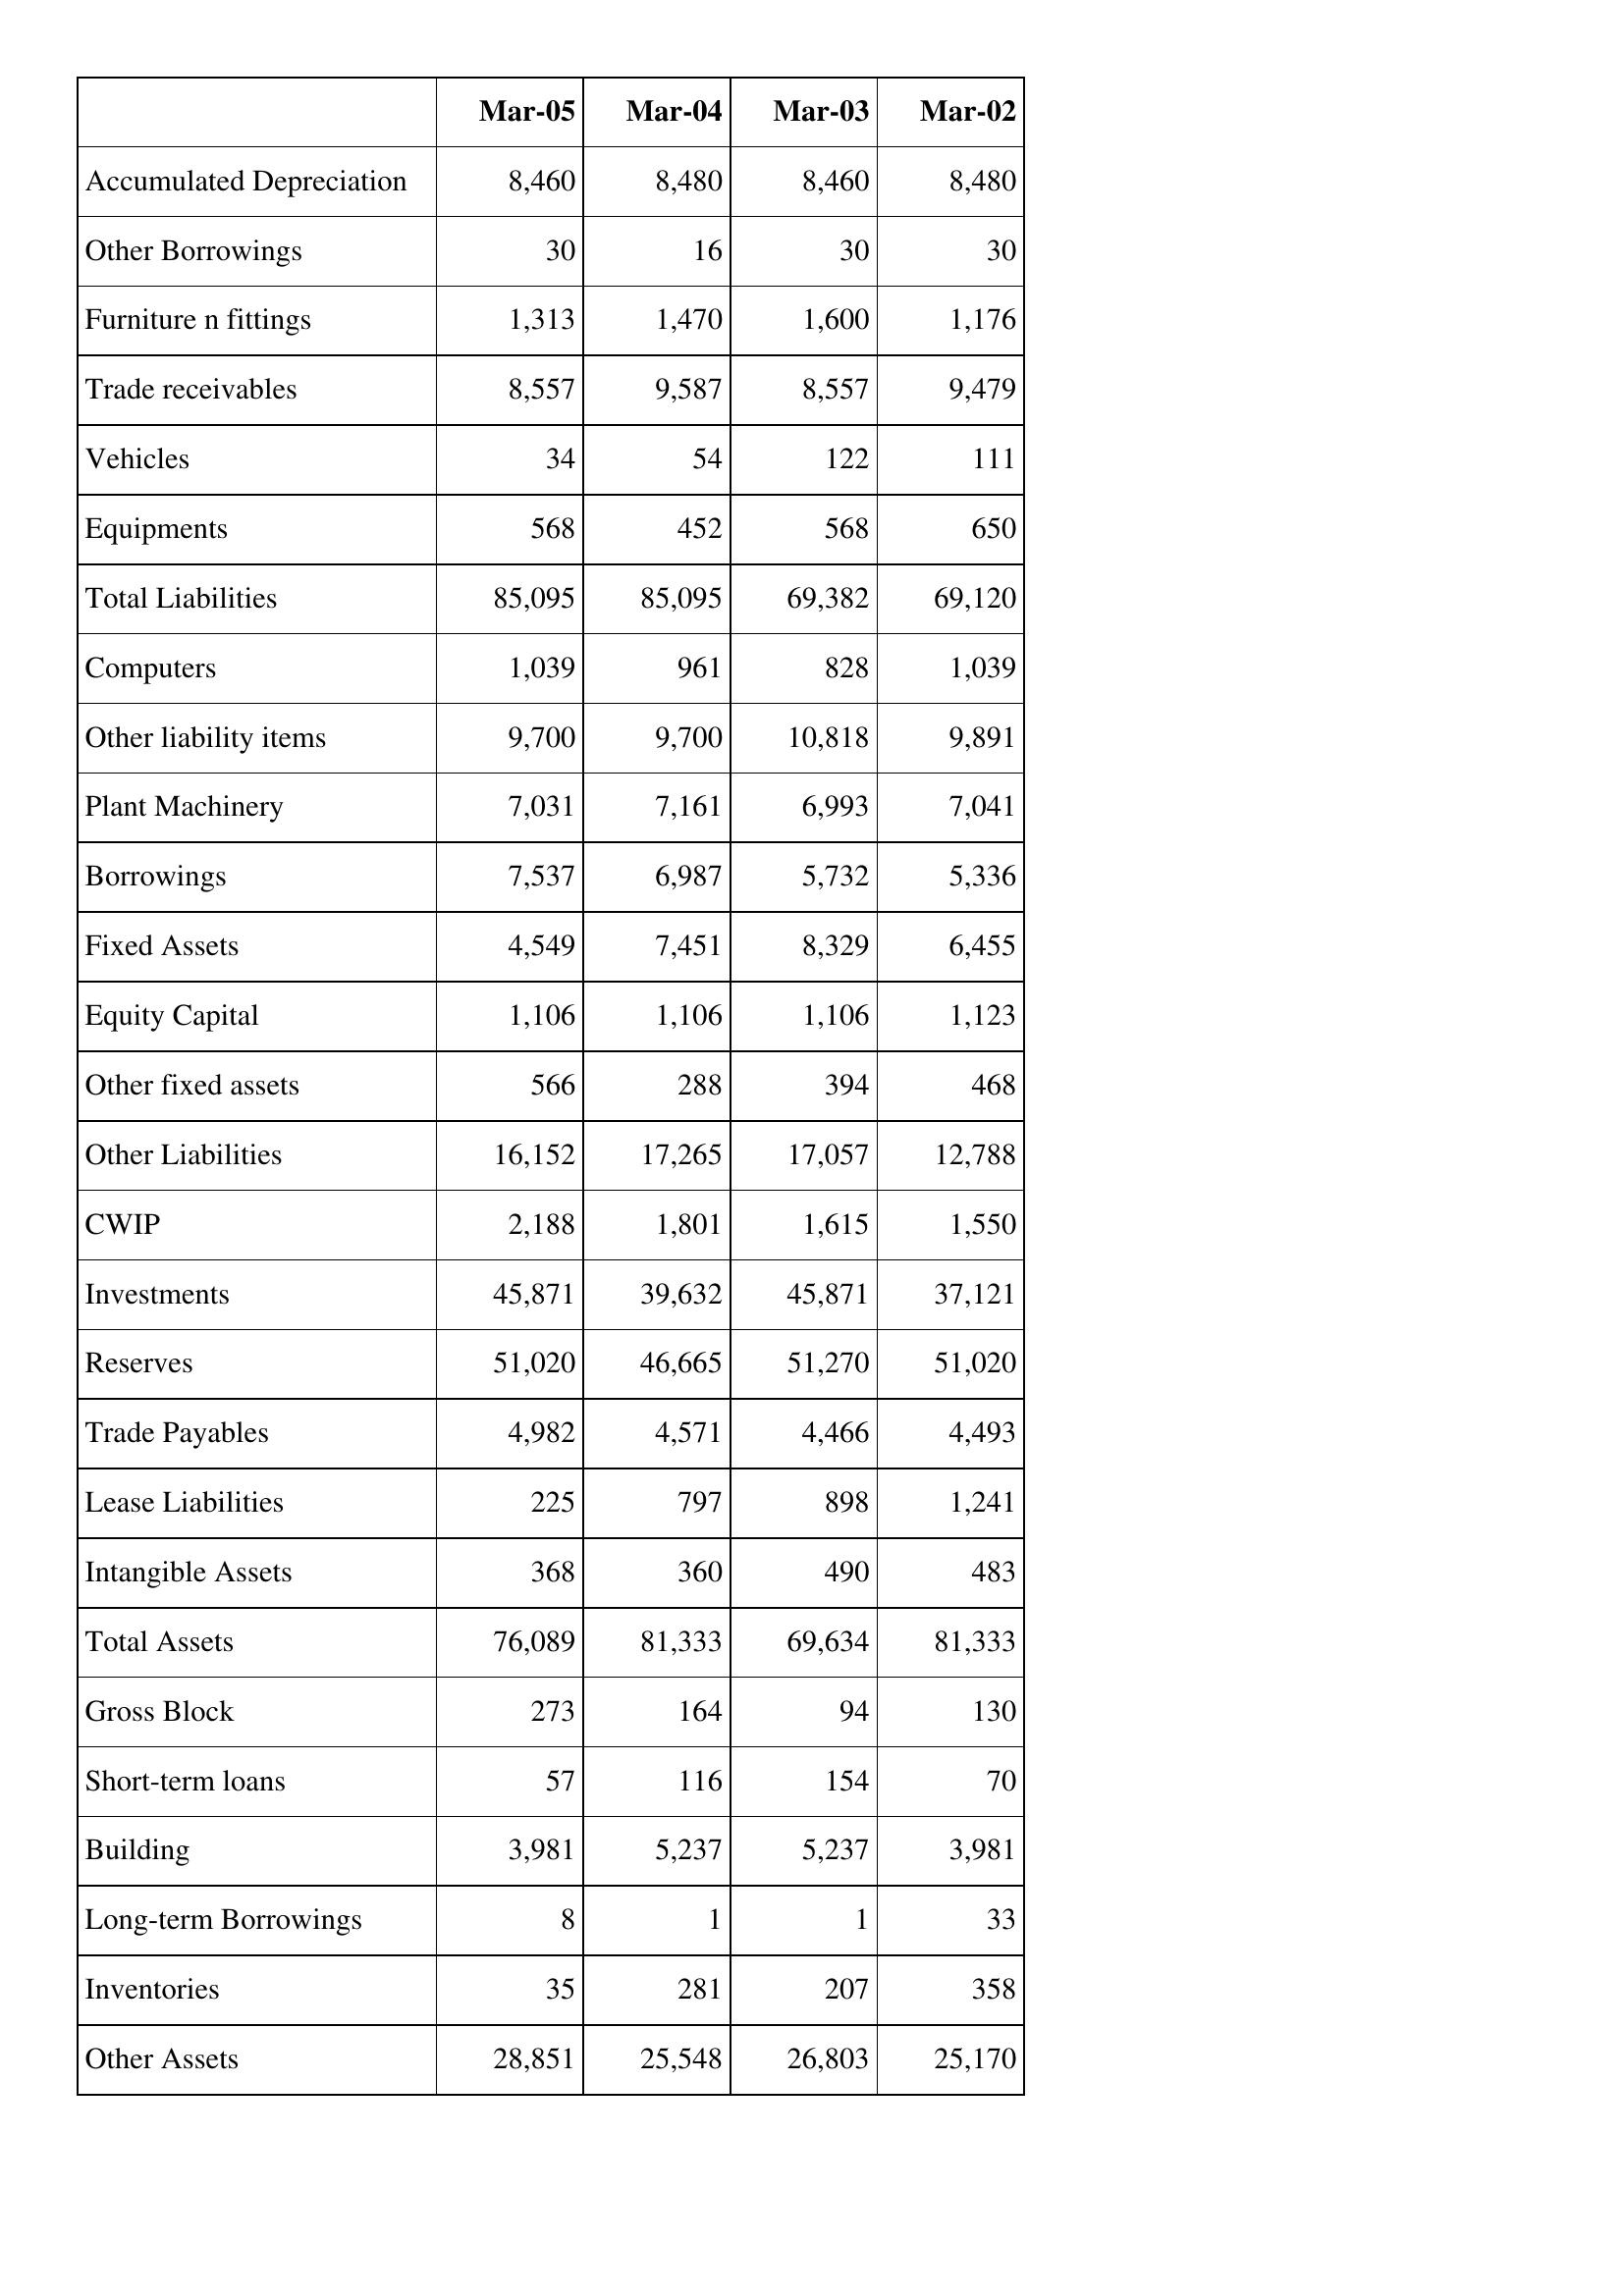
Mar-05: Balance Sheet: Accumulated Depreciation: 8,460
Other Borrowings: 30
Furniture n fittings: 1,313
Trade receivables: 8,557
Vehicles: 34
Equipments: 568
Total Liabilities: 85,095
Computers: 1,039
Other liability items: 9,700
Plant Machinery: 7,031
Borrowings: 7,537
Fixed Assets: 4,549
Equity Capital: 1,106
Other fixed assets: 566
Other Liabilities: 16,152
CWIP: 2,188
Investments: 45,871
Reserves: 51,020
Trade Payables: 4,982
Lease Liabilities: 225
Intangible Assets: 368
Total Assets: 76,089
Gross Block: 273
Short-term loans: 57
Building: 3,981
Long-term Borrowings: 8
Inventories: 35
Other Assets: 28,851
Mar-04: Balance Sheet: Accumulated Depreciation: 8,480
Other Borrowings: 16
Furniture n fittings: 1,470
Trade receivables: 9,587
Vehicles: 54
Equipments: 452
Total Liabilities: 85,095
Computers: 961
Other liability items: 9,700
Plant Machinery: 7,161
Borrowings: 6,987
Fixed Assets: 7,451
Equity Capital: 1,106
Other fixed assets: 288
Other Liabilities: 17,265
CWIP: 1,801
Investments: 39,632
Reserves: 46,665
Trade Payables: 4,571
Lease Liabilities: 797
Intangible Assets: 360
Total Assets: 81,333
Gross Block: 164
Short-term loans: 116
Building: 5,237
Long-term Borrowings: 1
Inventories: 281
Other Assets: 25,548
Mar-03: Balance Sheet: Accumulated Depreciation: 8,460
Other Borrowings: 30
Furniture n fittings: 1,600
Trade receivables: 8,557
Vehicles: 122
Equipments: 568
Total Liabilities: 69,382
Computers: 828
Other liability items: 10,818
Plant Machinery: 6,993
Borrowings: 5,732
Fixed Assets: 8,329
Equity Capital: 1,106
Other fixed assets: 394
Other Liabilities: 17,057
CWIP: 1,615
Investments: 45,871
Reserves: 51,270
Trade Payables: 4,466
Lease Liabilities: 898
Intangible Assets: 490
Total Assets: 69,634
Gross Block: 94
Short-term loans: 154
Building: 5,237
Long-term Borrowings: 1
Inventories: 207
Other Assets: 26,803
Mar-02: Balance Sheet: Accumulated Depreciation: 8,480
Other Borrowings: 30
Furniture n fittings: 1,176
Trade receivables: 9,479
Vehicles: 111
Equipments: 650
Total Liabilities: 69,120
Computers: 1,039
Other liability items: 9,891
Plant Machinery: 7,041
Borrowings: 5,336
Fixed Assets: 6,455
Equity Capital: 1,123
Other fixed assets: 468
Other Liabilities: 12,788
CWIP: 1,550
Investments: 37,121
Reserves: 51,020
Trade Payables: 4,493
Lease Liabilities: 1,241
Intangible Assets: 483
Total Assets: 81,333
Gross Block: 130
Short-term loans: 70
Building: 3,981
Long-term Borrowings: 33
Inventories: 358
Other Assets: 25,170